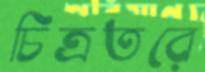
চিত্রতরে